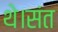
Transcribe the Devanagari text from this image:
थे।संत